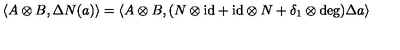
\langle A \otimes B , \Delta N ( a ) \rangle = \langle A \otimes B , ( N \otimes \mathrm { i d } + \mathrm { i d } \otimes N + \delta _ { 1 } \otimes \deg ) \Delta a \rangle